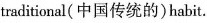
traditional(中国传统的) habit.